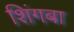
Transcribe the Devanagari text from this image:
शिंगबा